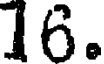
16.